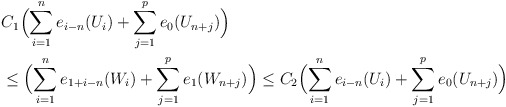
\begin{align*} & C_1 \Big(\displaystyle{\sum_{i=1}^n e_{i-n}(U_i)} + \sum_{j=1}^p e_0(U_{n+j}) \Big) \\ & \le \Big(\displaystyle{\sum_{i=1}^n e_{1+i-n}(W_i)} + \sum_{j=1}^p e_1(W_{n+j}) \Big)\le C_2 \Big(\displaystyle{\sum_{i=1}^n e_{i-n}(U_i)} + \sum_{j=1}^p e_0(U_{n+j}) \Big) \end{align*}